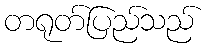
တရုတ်ပြည်သည်